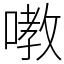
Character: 嘋